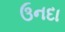
ઉનદા